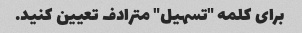
برای کلمه "تسهیل" مترادف تعیین کنید.